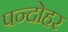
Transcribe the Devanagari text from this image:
पन्दोहर